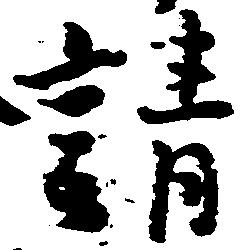
請